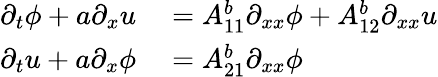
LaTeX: \begin{array}{rl}{\partial_{t}\phi+a\partial_{x}u}&{{}=A_{11}^{b}\partial_{xx}\phi+A_{12}^{b}\partial_{xx}u}\\ {\partial_{t}u+a\partial_{x}\phi}&{{}=A_{21}^{b}\partial_{xx}\phi}\end{array}